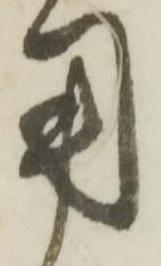
用